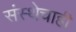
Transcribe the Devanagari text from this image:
संस्थेचाही